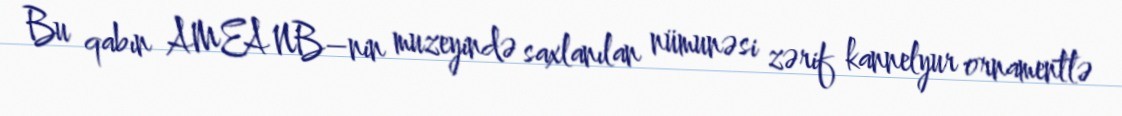
Bu qabın AMEA NB–nin muzeyində saxlanılan nümunəsi zərif kannelyur ornamentlə